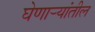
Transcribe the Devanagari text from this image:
घेणार्‍यांतील